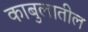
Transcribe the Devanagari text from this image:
काबुलातील